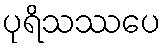
ပုရိသဿပေ